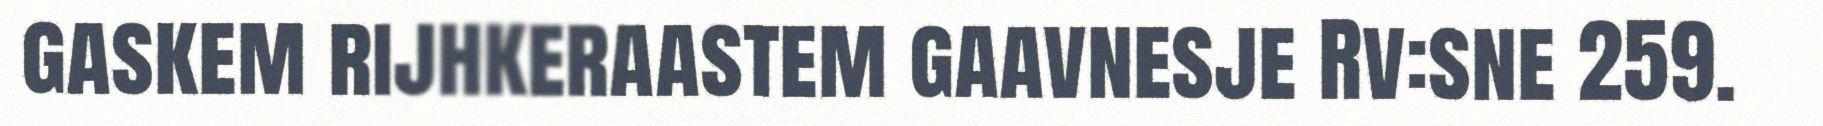
gaskem rijhkeraastem gaavnesje Rv:sne 259.